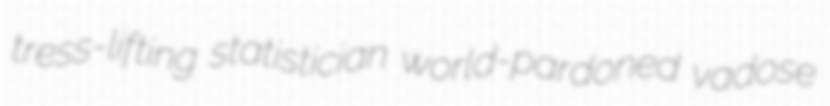
tress-lifting statistician world-pardoned vadose